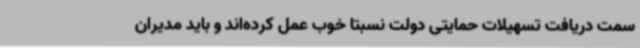
سمت دریافت تسهیلات حمایتی دولت نسبتا خوب عمل کرده‌اند و باید مدیران